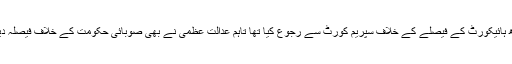
اس کے بعد سندھ حکومت نے آئی جی کے معاملے پر سندھ ہائیکورٹ کے فیصلے کے خلاف سپریم کورٹ سے رجوع کیا تھا تاہم عدالت عظمیٰ نے بھی صوبائی حکومت کے خلاف فیصلہ دیتے ہوئے اے ڈی خواجہ کو ذمہ داریاں نبھانے کا حکم دیا۔